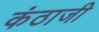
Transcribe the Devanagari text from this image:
कंठाजी